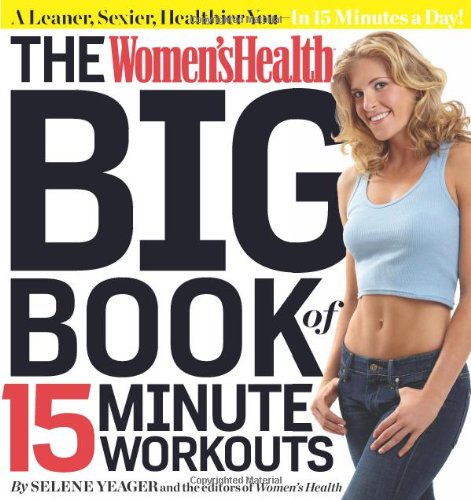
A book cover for The Women's Health Big Book of 15-Minute Workouts: A Leaner, Sexier, Healthier You--In 15 Minutes a Day!; Selene Yeager; Health, Fitness & Dieting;